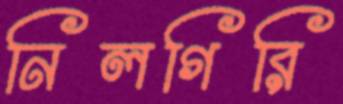
নিলগিরি